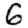
Digit: 6